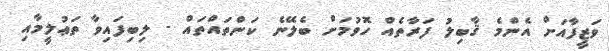
ވަޒީފާއަށް އެންމެ ޤާބިލު ފަރާތެއް ހޮވުމަށް ބެލޭނެ ކަންތައްތައް - ލިބިފައިވާ ތަޢުލީމާއި